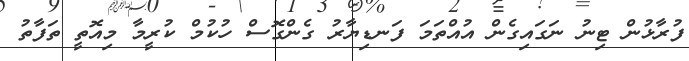
ފުރާޅުން ޓިނު ނަގައިގެން އުއްތަމަ ފަނޑިޔާރު ގެންގޮސް ހުކުމް ކުރީމާ މިއޮތީ ތަފާތު